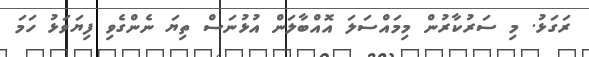
ރަގަޅު. މި ސަރުކާރުން މިމައްސަލަ އޮއްބާލަން އުޅުނަސް ތިޔަ ނެންގެވި ފިޔަވަޅު ހަމަ